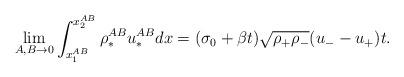
LaTeX: \begin{align*}\lim\limits_{A,B\rightarrow0}\int_{x_1^{AB}}^{x_2^{AB}}\rho_*^{AB}u_*^{AB}dx=(\sigma_{0}+\beta t)\sqrt{\rho_{+}\rho_{-}}(u_--u_+)t.\end{align*}